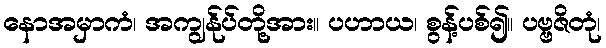
နောအမှာကံ၊ အကျွန်ုပ်တို့အား။ ပဟာယ၊ စွန့်ပစ်၍။ ပဗ္ဗဇိတုံ၊